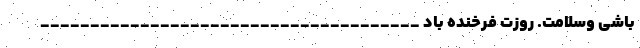
باشی وسلامت. روزت فرخنده باد ______________________________________